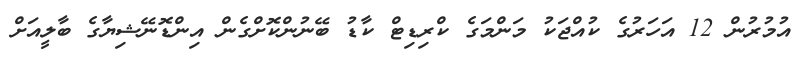
އުމުރުން 12 އަހަރުގެ ކުއްޖަކު މަންމަގެ ކްރިޑިޓް ކާޑު ބޭނުންކޮށްގެން އިންޑޮނޭޝިޔާގެ ބާލީއަށް